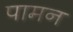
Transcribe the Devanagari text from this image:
पामन